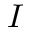
I